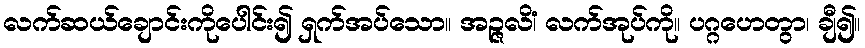
လက်ဆယ်ချောင်းကိုပေါင်း၍ ရှက်အပ်သော။ အဉ္ဇလိံ၊ လက်အုပ်ကို။ ပဂ္ဂဟေတွာ၊ ချီ၍။